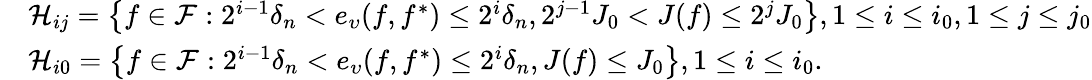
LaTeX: \begin{array}{rl}&{\mathcal{H}_{ij}=\big\{ f\in\mathcal{F}:2^{i-1}\delta_{n}<e_{\upsilon}(f,f^{*})\leq 2^{i}\delta_{n},2^{j-1}J_{0}<J(f)\leq 2^{j}J_{0}\big\} ,1\leq i\leq i_{0},1\leq j\leq j_{0}}\\ &{\mathcal{H}_{i0}=\big\{ f\in\mathcal{F}:2^{i-1}\delta_{n}<e_{\upsilon}(f,f^{*})\leq 2^{i}\delta_{n},J(f)\leq J_{0}\big\} ,1\leq i\leq i_{0}.}\end{array}